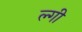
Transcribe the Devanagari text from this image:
ल्गी